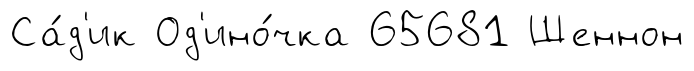
Са́д'ик Од'ино́чка 65681 Шеннон